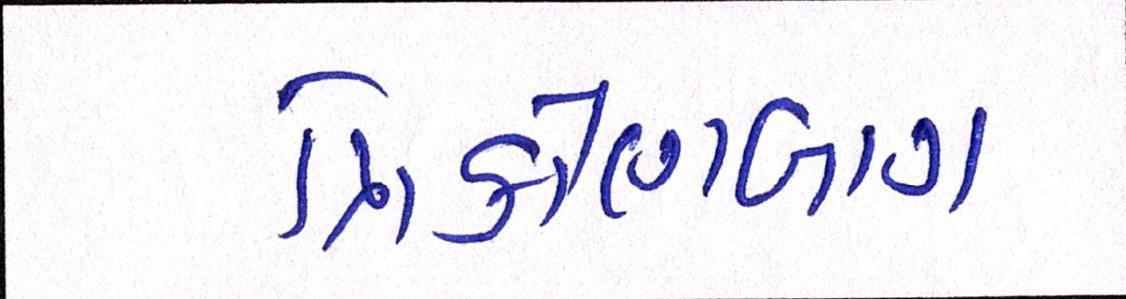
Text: ત્રિકોણબાગ